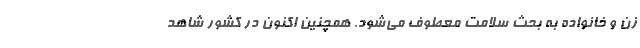
زن و خانواده به بحث سلامت معطوف می‌شود. همچنین اکنون در کشور شاهد